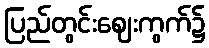
ပြည်တွင်းဈေးကွက်၌